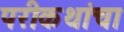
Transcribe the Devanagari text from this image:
परीकथांचा